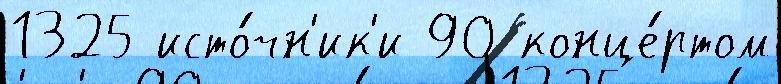
1325 исто́чн'ик'и 90 конце́ртом